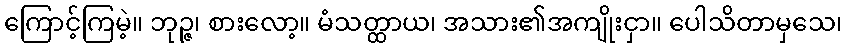
ကြောင့်ကြမဲ့။ ဘုဉ္ဇ၊ စားလော့။ မံသတ္ထာယ၊ အသား၏အကျိုးငှာ။ ပေါသိတာမှသေ၊